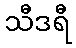
သီဒရီ